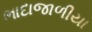
ભાદાજાળીયા